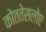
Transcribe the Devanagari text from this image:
कोततेसलोए